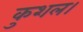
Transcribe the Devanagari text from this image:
कुशल।